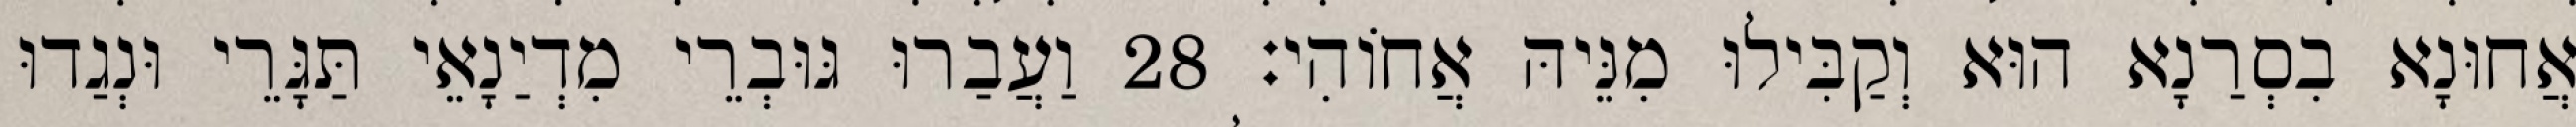
אֲחוּנָא בִסְרַנָא הוּא וְקַבִּילוּ מִנֵּיהּ אֲחוֹהִי׃ 28 וַעֲבַרוּ גּוּבְרֵי מִדְיַנָאֵי תַּגָּרֵי וּנְגַדוּ